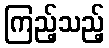
ကြည့်သည့်